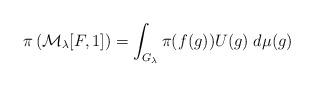
LaTeX: \begin{align*}\pi\left(\mathcal{M}_\lambda[F,1]\right)=\int_{G_\lambda} \pi(f(g))U(g)\;d\mu(g)\end{align*}